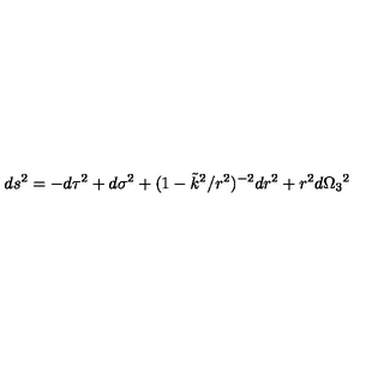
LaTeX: d s ^ { 2 } = - d \tau ^ { 2 } + d \sigma ^ { 2 } + ( 1 - \tilde { k } ^ { 2 } / r ^ { 2 } ) ^ { - 2 } d r ^ { 2 } + r ^ { 2 } d \Omega _ { 3 } { } ^ { 2 }